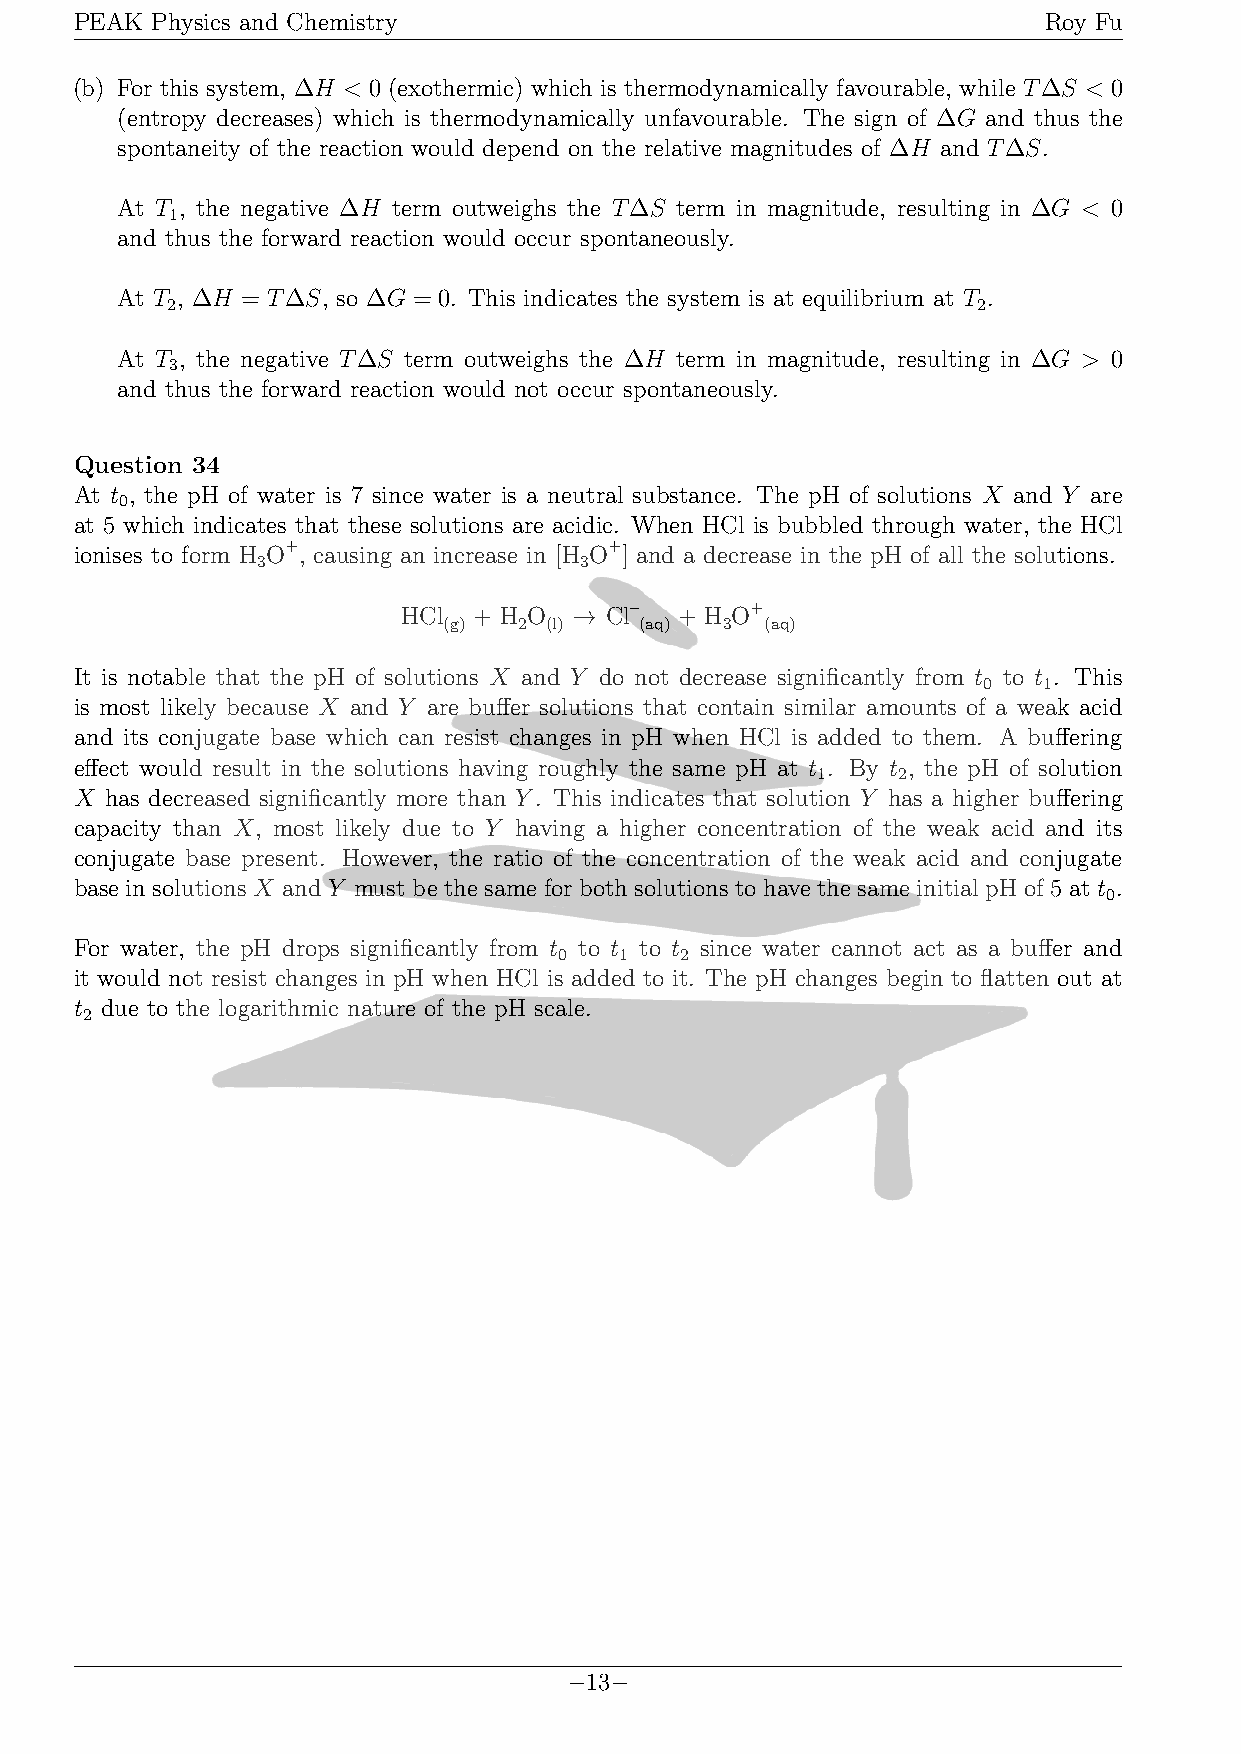
PEAK Physics and Chemistry                                      Roy Fu
 (b) For this system, ΔH < 0 (exothermic) which is thermodynamically favourable, while TΔS < 0
 (entropy decreases) which is thermodynamically unfavourable. The sign of ΔG and thus the
 spontaneity of the reaction would depend on the relative magnitudes of ΔH and TΔS.
 At T , the negative ΔH term outweighs the TΔS term in magnitude, resulting in ΔG < 0
 1
 and thus the forward reaction would occur spontaneously.
 At T , ΔH = TΔS, so ΔG = 0. This indicates the system is at equilibrium at T .
 2                                                     2
 At T , the negative TΔS term outweighs the ΔH term in magnitude, resulting in ΔG > 0
 3
 and thus the forward reaction would not occur spontaneously.
 Question 34
 At t , the pH of water is 7 since water is a neutral substance. The pH of solutions X and Y are
 0
 at 5 which indicates that these solutions are acidic. When HCl is bubbled through water, the HCl
 ionises to form H O+, causing an increase in [H O+] and a decrease in the pH of all the solutions.
 3                    3
 HCl + H O  → Cl–  + H O+
 (g)  2 (l)   (aq)  3  (aq)
 It is notable that the pH of solutions X and Y do not decrease significantly from t to t . This
 0   1
 is most likely because X and Y are buffer solutions that contain similar amounts of a weak acid
 and its conjugate base which can resist changes in pH when HCl is added to them. A buffering
 effect would result in the solutions having roughly the same pH at t . By t , the pH of solution
 1    2
 X has decreased significantly more than Y. This indicates that solution Y has a higher buffering
 capacity than X, most likely due to Y having a higher concentration of the weak acid and its
 conjugate base present. However, the ratio of the concentration of the weak acid and conjugate
 base in solutions X and Y must be the same for both solutions to have the same initial pH of 5 at t .
 0
 For water, the pH drops significantly from t to t to t since water cannot act as a buffer and
 0   1   2
 it would not resist changes in pH when HCl is added to it. The pH changes begin to flatten out at
 t due to the logarithmic nature of the pH scale.
 2
 −13−